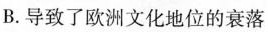
B.导致了欧洲文化地位的衰落